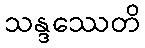
သန္ဒဿေတိ